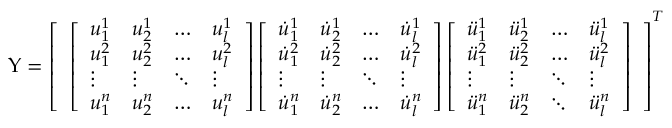
\boldsymbol { \Upsilon } = \left[ \begin{array} { l } { \left[ \begin{array} { l l l l } { u _ { 1 } ^ { 1 } } & { u _ { 2 } ^ { 1 } } & { \dots } & { u _ { l } ^ { 1 } } \\ { u _ { 1 } ^ { 2 } } & { u _ { 2 } ^ { 2 } } & { \dots } & { u _ { l } ^ { 2 } } \\ { \vdots } & { \vdots } & { \ddots } & { \vdots } \\ { u _ { 1 } ^ { n } } & { u _ { 2 } ^ { n } } & { \dots } & { u _ { l } ^ { n } } \end{array} \right] \left[ \begin{array} { l l l l } { \dot { u } _ { 1 } ^ { 1 } } & { \dot { u } _ { 2 } ^ { 1 } } & { \dots } & { \dot { u } _ { l } ^ { 1 } } \\ { \dot { u } _ { 1 } ^ { 2 } } & { \dot { u } _ { 2 } ^ { 2 } } & { \dots } & { \dot { u } _ { l } ^ { 2 } } \\ { \vdots } & { \vdots } & { \ddots } & { \vdots } \\ { \dot { u } _ { 1 } ^ { n } } & { \dot { u } _ { 2 } ^ { n } } & { \dots } & { \dot { u } _ { l } ^ { n } } \end{array} \right] \left[ \begin{array} { l l l l } { \ddot { u } _ { 1 } ^ { 1 } } & { \ddot { u } _ { 2 } ^ { 1 } } & { \dots } & { \ddot { u } _ { l } ^ { 1 } } \\ { \ddot { u } _ { 1 } ^ { 2 } } & { \ddot { u } _ { 2 } ^ { 2 } } & { \dots } & { \ddot { u } _ { l } ^ { 2 } } \\ { \vdots } & { \vdots } & { \ddots } & { \vdots } \\ { \ddot { u } _ { 1 } ^ { n } } & { \ddot { u } _ { 2 } ^ { n } } & { \ddots } & { \ddot { u } _ { l } ^ { n } } \end{array} \right] } \end{array} \right] ^ { T }